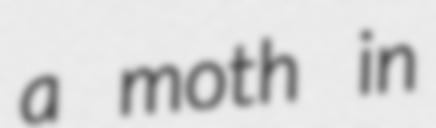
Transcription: a moth in